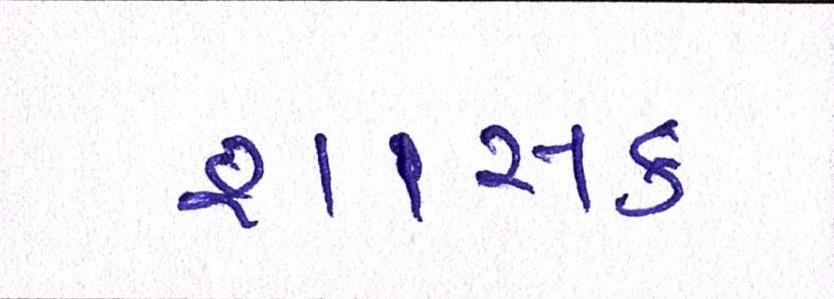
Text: શાસક